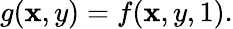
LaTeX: g(\mathbf{x},y)=f(\mathbf{x},y,1).